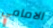
الامامي